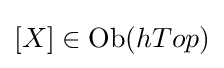
[X]\in \operatorname {Ob} (hTop)